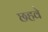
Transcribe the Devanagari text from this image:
छहवे